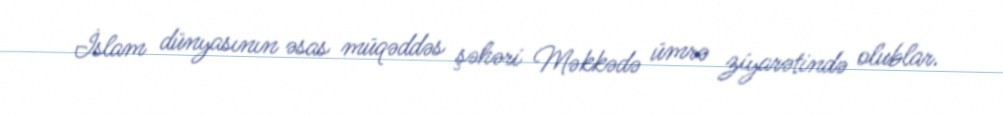
İslam dünyasının əsas müqəddəs şəhəri Məkkədə ümrə ziyarətində olublar.